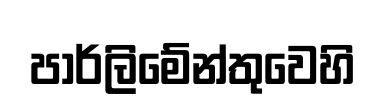
පාර්ලිමේන්තුවෙහි